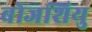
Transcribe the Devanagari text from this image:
बोजशियु